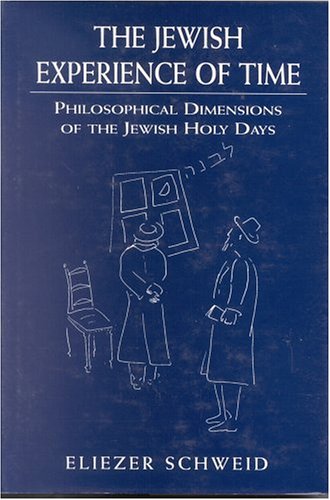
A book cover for The Jewish Experience of Time: Philosophical Dimensions of the Jewish Holy Days; Eliezer Schweid; Religion & Spirituality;